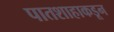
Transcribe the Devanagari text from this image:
पातशाहाकडून